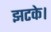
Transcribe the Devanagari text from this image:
झटके।